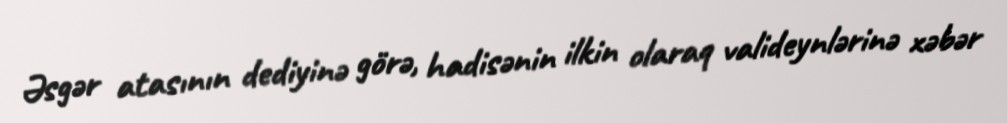
Əsgər atasının dediyinə görə, hadisənin ilkin olaraq valideynlərinə xəbər